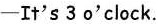
-It's 3o'clock.